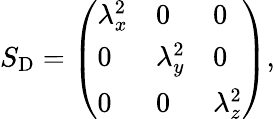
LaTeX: S_{\mathrm{D}}=\left(\begin{array}{lll}{\lambda_{x}^{2}}&{0}&{0}\\ {0}&{\lambda_{y}^{2}}&{0}\\ {0}&{0}&{\lambda_{z}^{2}}\end{array}\right),